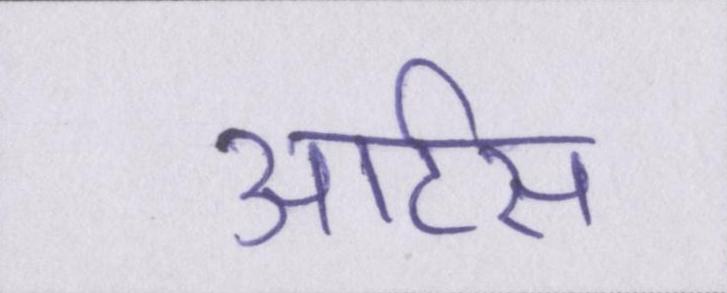
आर्टस